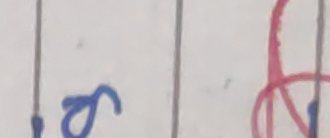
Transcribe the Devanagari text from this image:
२क्ष